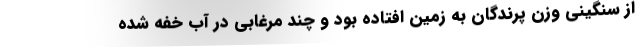
از سنگيني وزن پرندگان به زمين افتاده بود و چند مرغابي در آب خفه شده